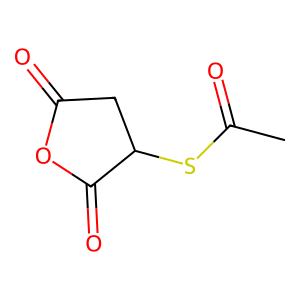
SMILES: CC(=O)SC1CC(=O)OC1=O
Inhibits HIV replication: No